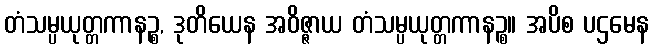
တံသမ္ပယုတ္တကာနဉ္စ, ဒုတိယေန အဝိဇ္ဇာယ တံသမ္ပယုတ္တကာနဉ္စ။ အပိစ ပဌမေန